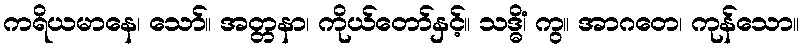
ကရိယမာနေ၊ သော်။ အတ္တနာ၊ ကိုယ်တော်နှင့်။ သဒ္ဓိံ၊ ကွ။ အာဂတေ၊ ကုန်သော။